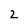
Character: 2